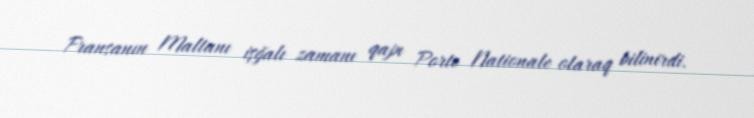
Fransanın Maltanı işğalı zamanı qapı Porte Nationale olaraq bilinirdi.